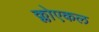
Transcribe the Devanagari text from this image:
क्लोएकल